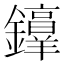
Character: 𫓜